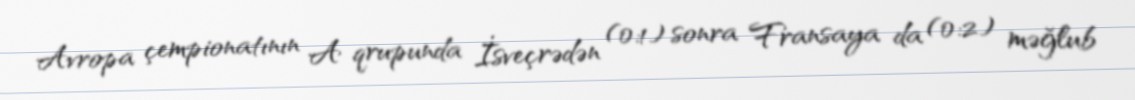
Avropa çempionatının A qrupunda İsveçrədən (0:1) sonra Fransaya da (0:2) məğlub